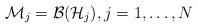
LaTeX: \begin{align*}{\cal M}_j={\cal B}({\cal H}_j),j=1,\ldots,N\end{align*}